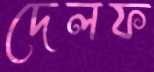
দেলফ